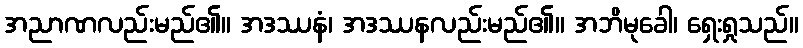
အညာဏလည်းမည်၏။ အဒဿနံ၊ အဒဿနလည်းမည်၏။ အဘိမုခေါ၊ ရှေးရှုသည်။